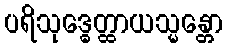
ပရိသုဒ္ဓေတ္ထာယသ္မန္တော